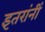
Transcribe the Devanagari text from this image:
इतरांनीं